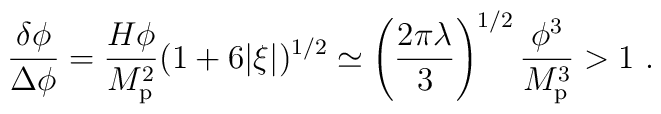
{\delta\phi\over\Delta\phi} = {H\phi\over M_{\rm p}^2}(1 + 6|\xi|)^{1/2} \simeq \left({2\pi\lambda\over3}\right)^{1/2}{\phi^3\over M_{\rm p}^3} > 1\ .